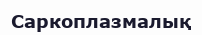
Саркоплазмалық